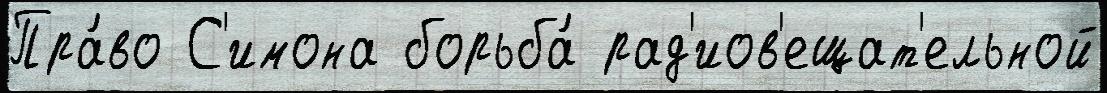
Пра́во С'имона борьба́ рад'иов'ещат'ельной